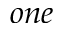
o n e